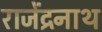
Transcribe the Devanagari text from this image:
राजेंद्रनाथ